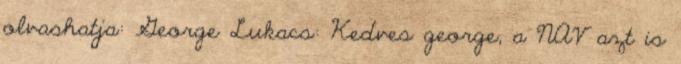
olvashatja: George Lukacs: Kedves george, a NAV azt is